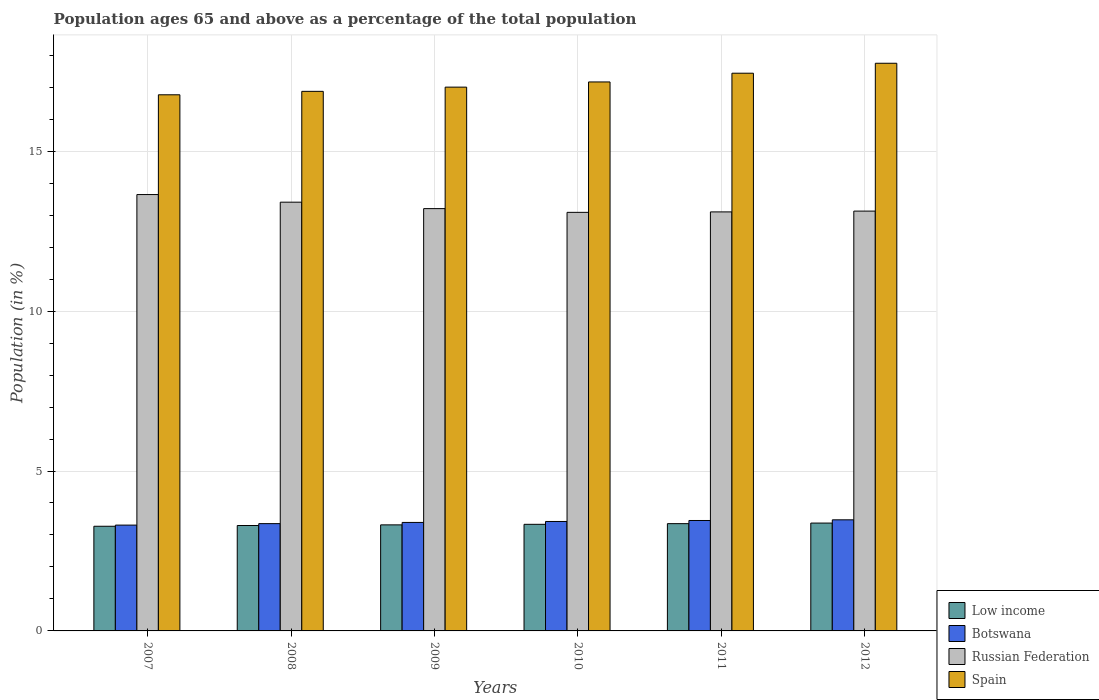
| Years | Low income | Botswana | Russian Federation | Spain |
 | --- | --- | --- | --- | --- |
 | 2007 | 3.27 | 3.31 | 13.6 | 16.8 |
 | 2008 | 3.3 | 3.35 | 13.4 | 16.9 |
 | 2009 | 3.32 | 3.39 | 13.2 | 17 |
 | 2010 | 3.33 | 3.42 | 13.1 | 17.2 |
 | 2011 | 3.35 | 3.45 | 13.1 | 17.4 |
 | 2012 | 3.37 | 3.47 | 13.1 | 17.7 |